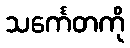
သင်္ကေတကို